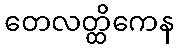
တေလတ္ထိကေန